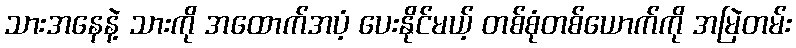
သားအနေနဲ့ သားကို အထောက်အပံ့ ပေးနိုင်မယ့် တစ်စုံတစ်ယောက်ကို အမြဲတမ်း